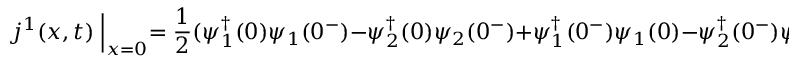
j ^ { 1 } ( x , t ) \Bigm | _ { x = 0 } = \frac { 1 } { 2 } ( \psi _ { 1 } ^ { \dagger } ( 0 ) \psi _ { 1 } ( 0 ^ { - } ) - \psi _ { 2 } ^ { \dagger } ( 0 ) \psi _ { 2 } ( 0 ^ { - } ) + \psi _ { 1 } ^ { \dagger } ( 0 ^ { - } ) \psi _ { 1 } ( 0 ) - \psi _ { 2 } ^ { \dagger } ( 0 ^ { - } ) \psi _ { 2 } ( 0 ) ) = 0 ,